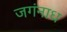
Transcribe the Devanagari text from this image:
जगंनाध